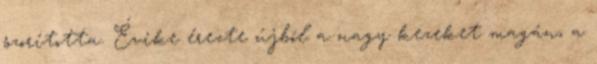
szorította. Évike érezte újból a nagy kezeket magán, a